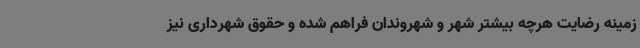
زمینه رضایت هرچه بیشتر شهر و شهروندان فراهم شده و حقوق شهرداری نیز